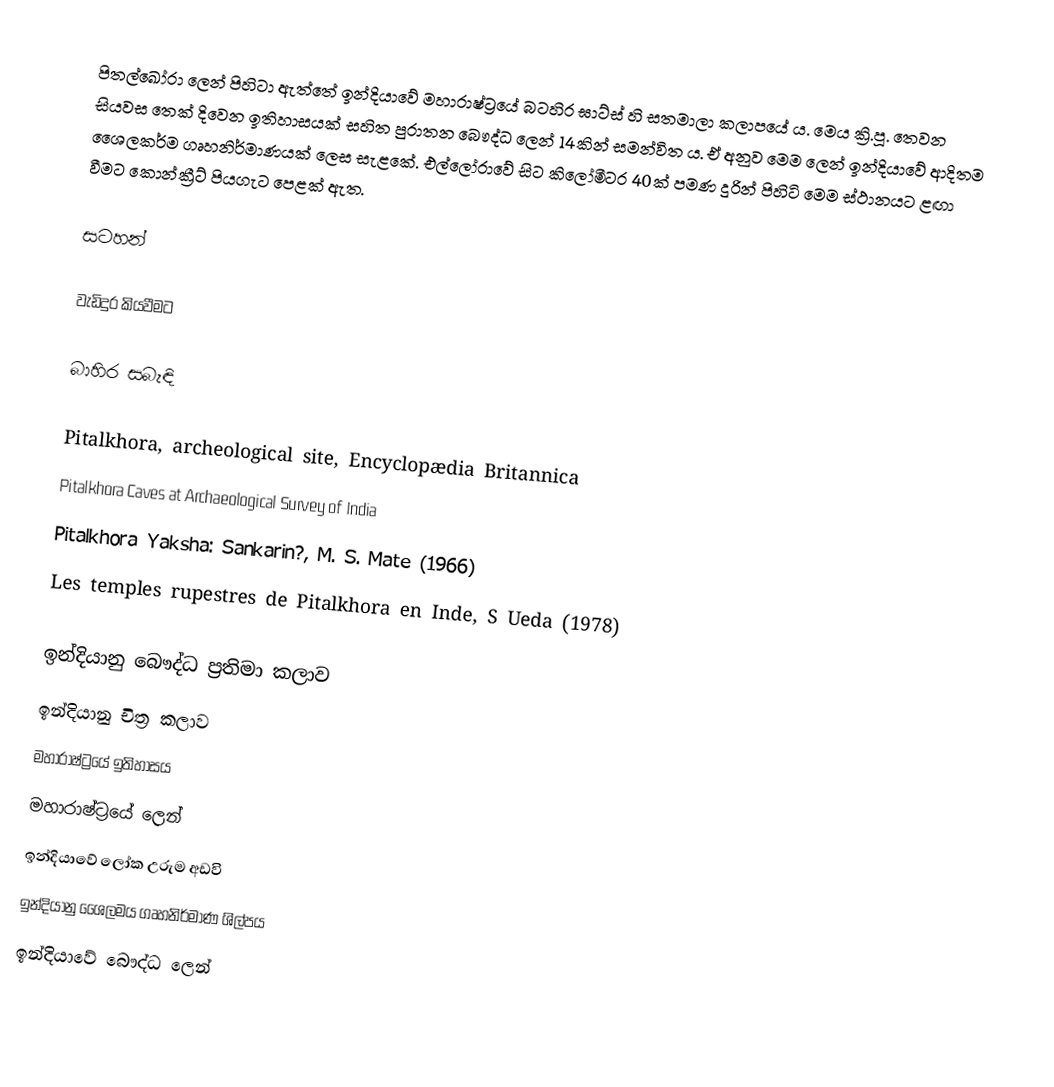
පිතල්ඛෝරා ලෙන් පිහිටා ඇත්තේ ඉන්දියාවේ මහාරාෂ්ට්‍රයේ බටහිර ඝාට්ස් හි සතමාලා කලාපයේ ය. මෙය ක්‍රි.පූ. තෙවන සියවස තෙක් දිවෙන ඉතිහාසයක් සහිත පුරාතන බෞද්ධ ලෙන් 14කින් සමන්විත ය. ඒ අනුව මෙම ලෙන් ඉන්දියාවේ ආදිතම ශෛලකර්ම ගෘහනිර්මාණයක් ලෙස සැළකේ. එල්ලෝරාවේ සිට කිලෝමීටර 40ක් පමණ දුරින් පිහිටි මෙම ස්ථානයට ළඟා වීමට කොන්ක්‍රීට් පියගැට පෙළක් ඇත.

සටහන්

වැඩිදුර කියවීමට

බාහිර සබැඳි

Pitalkhora, archeological site, Encyclopædia Britannica
Pitalkhora Caves at Archaeological Survey of India
Pitalkhora Yaksha: Sankarin?, M. S. Mate (1966)
Les temples rupestres de Pitalkhora en Inde, S Ueda (1978)

ඉන්දියානු බෞද්ධ ප්‍රතිමා කලාව
ඉන්දියානු චිත්‍ර කලාව
මහාරාෂ්ට්‍රයේ ඉතිහාසය
මහාරාෂ්ට්‍රයේ ලෙන්
ඉන්දියාවේ ලෝක උරුම අඩවි
ඉන්දියානු ශෛලමය ගෘහනිර්මාණ ශිල්පය
ඉන්දියාවේ බෞද්ධ ලෙන්